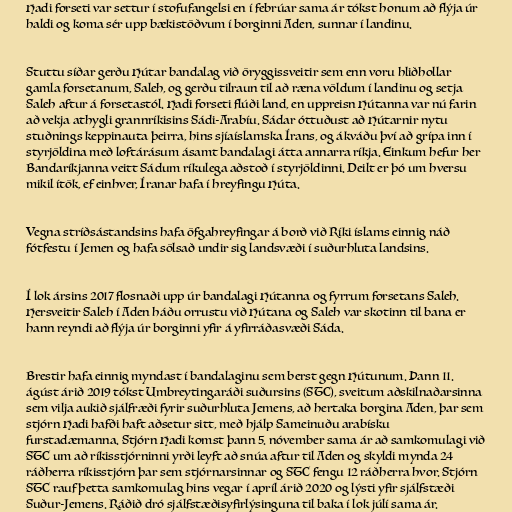
Hadi forseti var settur í stofufangelsi en í febrúar sama ár tókst honum að flýja úr
haldi og koma sér upp bækistöðvum í borginni Aden, sunnar í landinu.

Stuttu síðar gerðu Hútar bandalag við öryggissveitir sem enn voru hliðhollar
gamla forsetanum, Saleh, og gerðu tilraun til að ræna völdum í landinu og setja
Saleh aftur á forsetastól. Hadi forseti flúði land, en uppreisn Hútanna var nú farin
að vekja athygli grannríkisins Sádi-Arabíu. Sádar óttuðust að Hútarnir nytu
stuðnings keppinauta þeirra, hins sjíaíslamska Írans, og ákváðu því að grípa inn í
styrjöldina með loftárásum ásamt bandalagi átta annarra ríkja. Einkum hefur her
Bandaríkjanna veitt Sádum ríkulega aðstoð í styrjöldinni. Deilt er þó um hversu
mikil ítök, ef einhver, Íranar hafa í hreyfingu Húta.

Vegna stríðsástandsins hafa öfgahreyfingar á borð við Ríki íslams einnig náð
fótfestu í Jemen og hafa sölsað undir sig landsvæði í suðurhluta landsins.

Í lok ársins 2017 flosnaði upp úr bandalagi Hútanna og fyrrum forsetans Saleh.
Hersveitir Saleh í Aden háðu orrustu við Hútana og Saleh var skotinn til bana er
hann reyndi að flýja úr borginni yfir á yfirráðasvæði Sáda.

Brestir hafa einnig myndast í bandalaginu sem berst gegn Hútunum. Þann 11.
ágúst árið 2019 tókst Umbreytingaráði suðursins (STC), sveitum aðskilnaðarsinna
sem vilja aukið sjálfræði fyrir suðurhluta Jemens, að hertaka borgina Aden, þar sem
stjórn Hadi hafði haft aðsetur sitt, með hjálp Sameinuðu arabísku
furstadæmanna. Stjórn Hadi komst þann 5. nóvember sama ár að samkomulagi við
STC um að ríkisstjórninni yrði leyft að snúa aftur til Aden og skyldi mynda 24
ráðherra ríkisstjórn þar sem stjórnarsinnar og STC fengu 12 ráðherra hvor. Stjórn
STC rauf þetta samkomulag hins vegar í apríl árið 2020 og lýsti yfir sjálfstæði
Suður-Jemens. Ráðið dró sjálfstæðisyfirlýsinguna til baka í lok júlí sama ár.